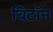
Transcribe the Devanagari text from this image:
बिटॉन